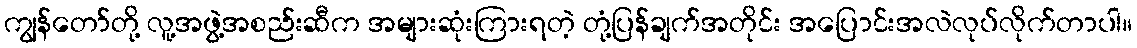
ကျွန်တော်တို့ လူ့အဖွဲ့အစည်းဆီက အများဆုံးကြားရတဲ့ တုံ့ပြန်ချက်အတိုင်း အပြောင်းအလဲလုပ်လိုက်တာပါ။